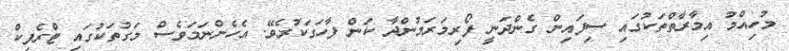
މުހިއްމު އިމާރާތްތަކުގައި ސިފައިން ގެންދަނީ ފޯރިމަރަމުންދާ ކަން ފާހަގަކުރެވޭ. އެހެންނަމަވެސް މަގުތަކުގައި ޓްރެފިކް